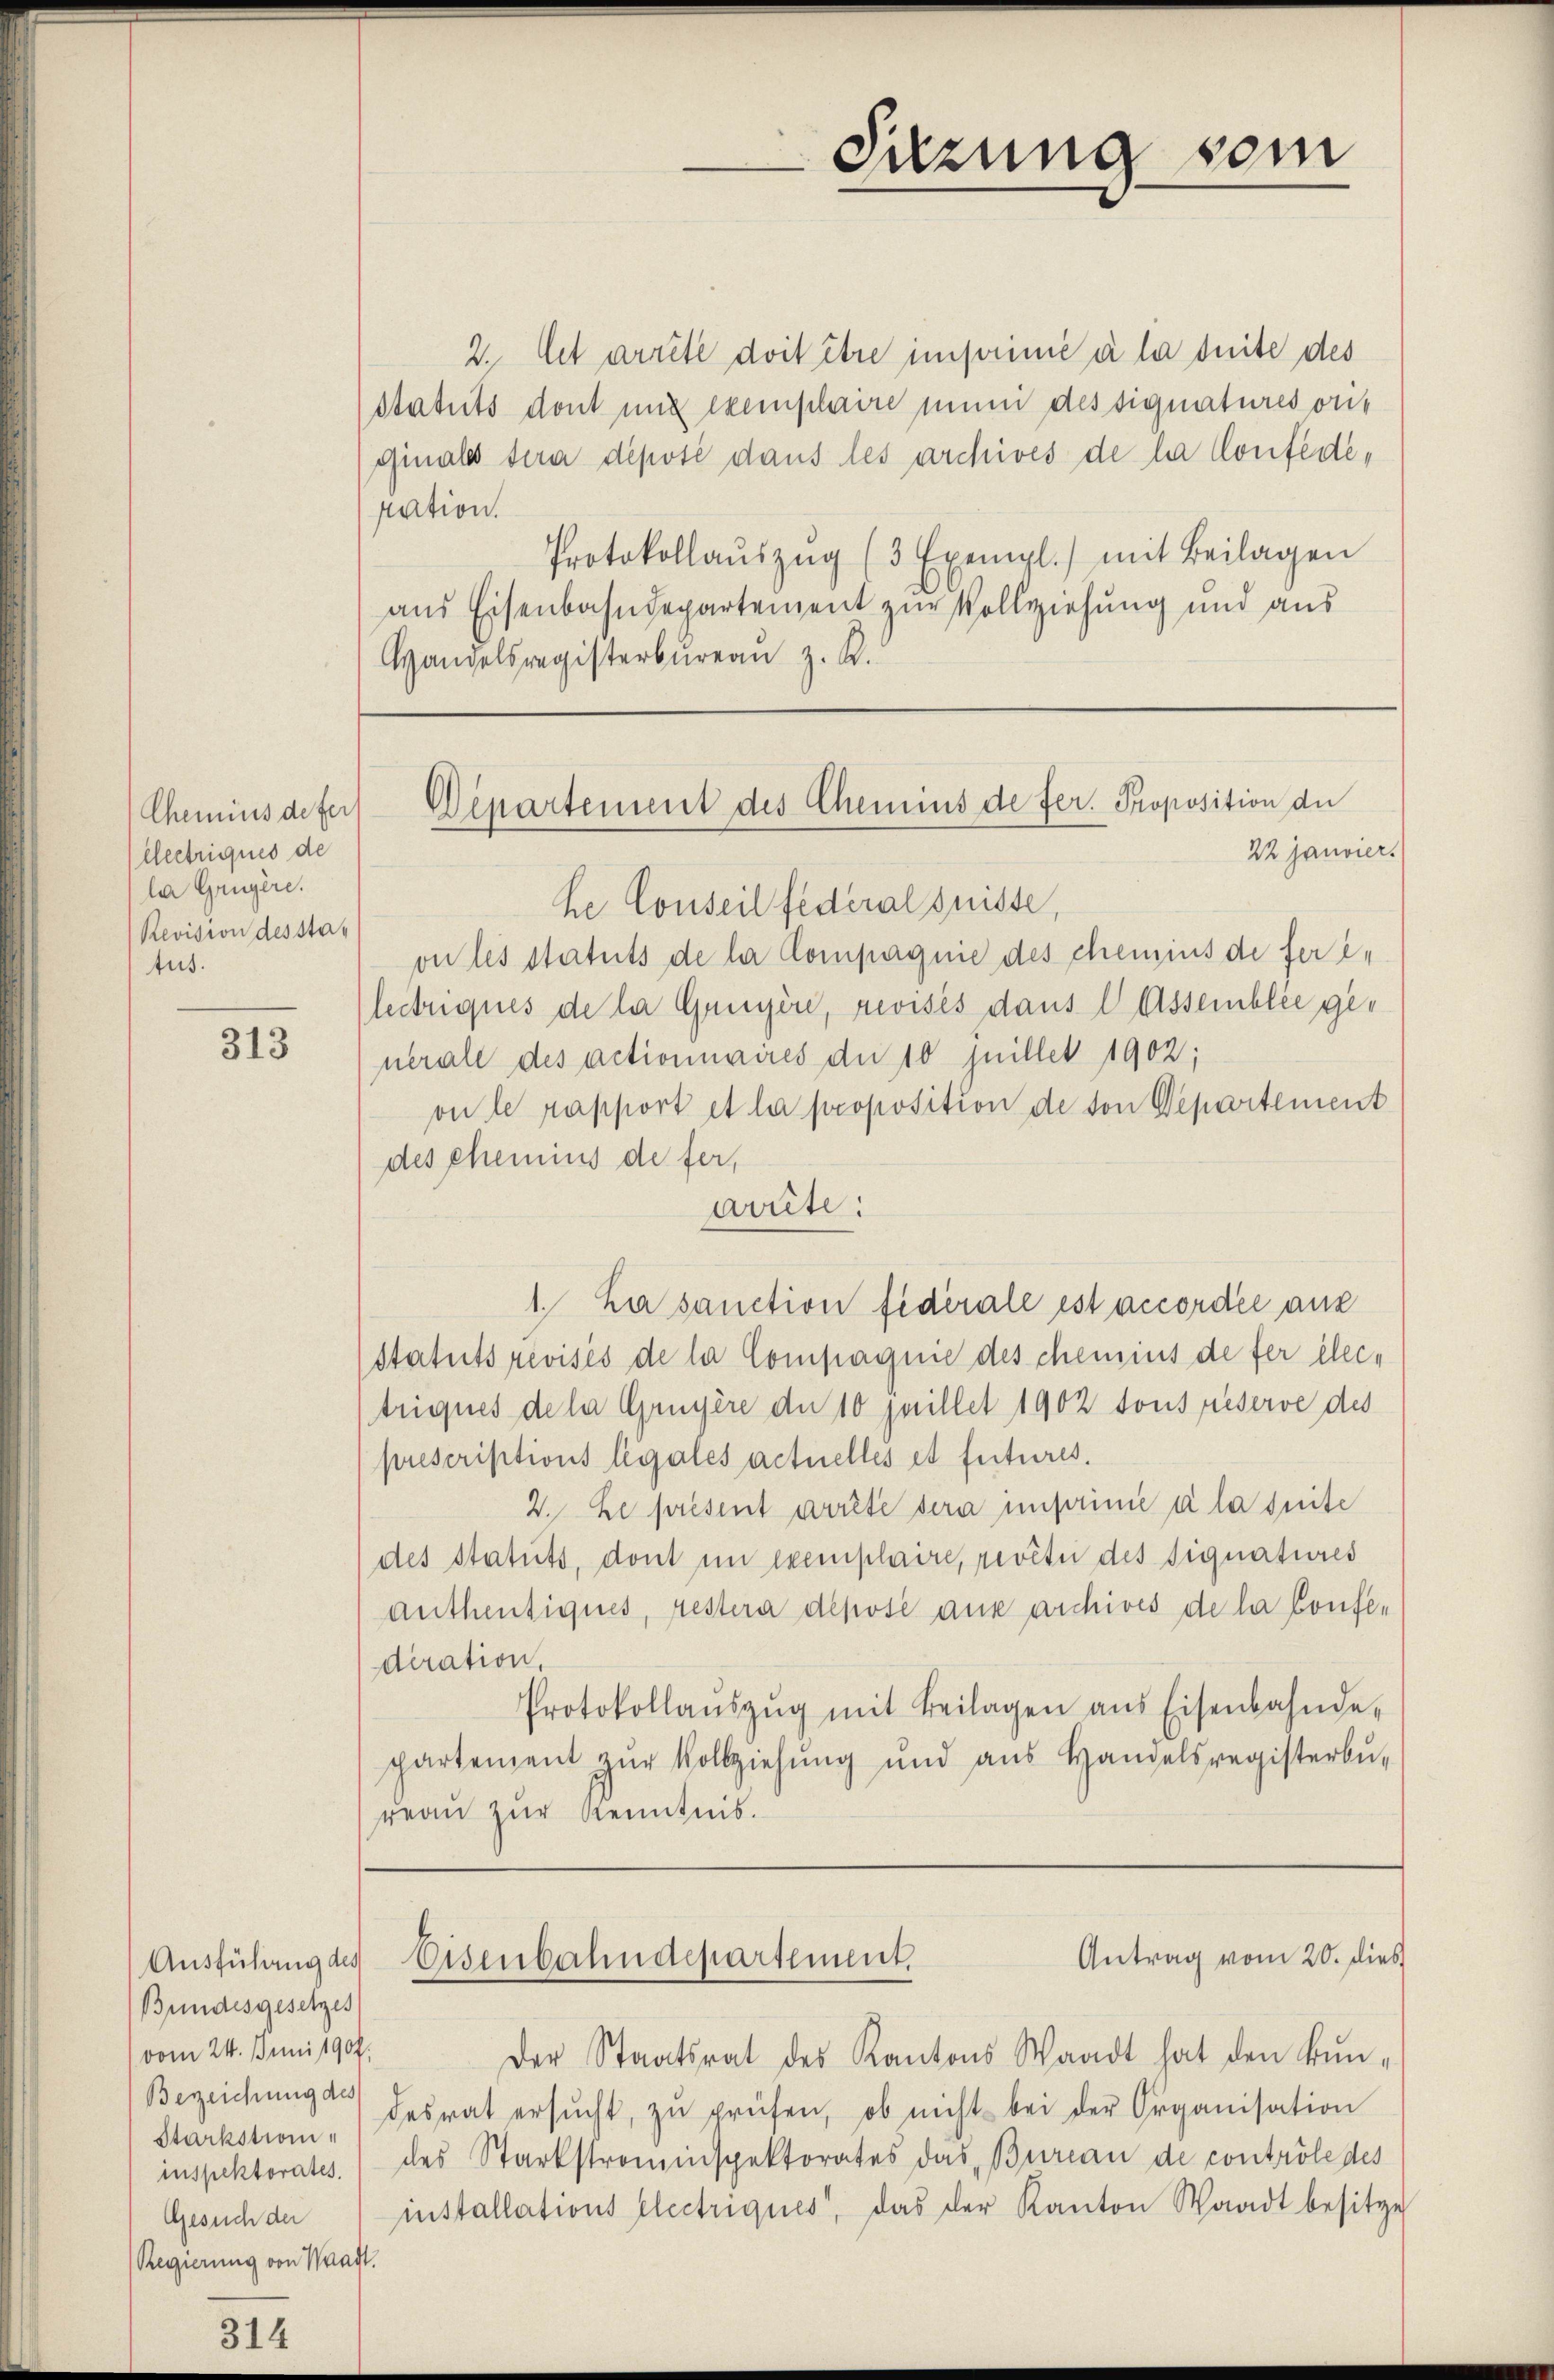
Chemins de fer
llectriques de
la Gruyère.
Revision desstatut.

313

Ausführung des
Bundesgesetzes
vom 24. Juni 1907.
Berzeichung des
Starkstrominspektorates.
Gesuch der
Regierung von Kraft.

Suzung vom

2. Et arrête doit être imprimie à la suite des
Statuts dont und exemplaire in des signatures ont
ginals sera déposé dans les archives de la Confedesation.
Protokollaŭszŭg (3 Exempl.) mit Beilagen
aus Eisenbahndepartement zur Vollziehung und aus
Handelsregisterbureau z. B.

Dipartement des Chemins de fer. Proposition de
22 Janviers

he Conseil federal Suisse,
on les statuts de la Compagnie des chemins de ferileitriques de la Grügen, revisés dans l Assemblic generale des actionnaires du 10 juillet 1902;
on le rapport et la proposition de von Departement
des chemins de fer,
arrête:
statutsrevisés de la Compagnie des chemnis de fer electriques de la Gruyère der 10 Juillet 1902 tous préserve des
prescriptions legales actuelles et futures.
2. Le présent arrête sera imperinie à la suite
des Statuts, dont im Exemplaire, revêtir des signatures
anthentiques, restera déposé aux archives de la Confederation,
Protokollaŭszŭg mit Beilagen ans Eisenbahnde-
partement zŭr Vollziehŭng und aŭs Handelsregisterbe-
reau zur Kenntnis.

1. La sanction fidérale ist accordée aus

Antrag vom 20. dies
Eisenbahndepartement.

Der Staatsrat des Kantons Waadt hat den kün-
desrat ersŭcht, zŭ prüfen, ob nicht bei der Organisation
des Starkstrominspektorates das Bureau de contrôle des
installations Electriques, das der Kanton Waadt besitze